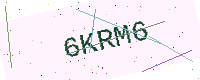
Text: 6KRM6